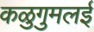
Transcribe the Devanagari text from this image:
कळुगुमलई